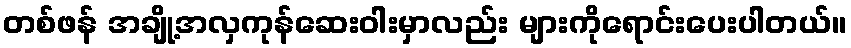
တစ်ဖန် အချို့အလှကုန်ဆေးဝါးမှာလည်း များကိုရောင်းပေးပါတယ်။